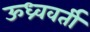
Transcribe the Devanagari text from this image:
ऊध्र्ववर्ती